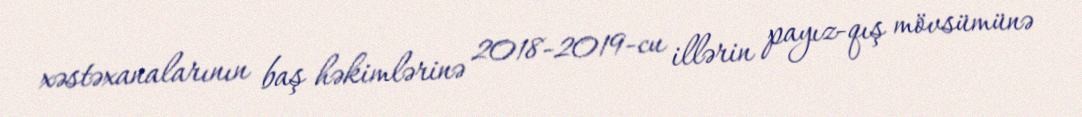
xəstəxanalarının baş həkimlərinə 2018-2019-cu illərin payız-qış mövsümünə